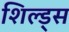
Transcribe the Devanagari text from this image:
शिल्ड्स